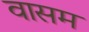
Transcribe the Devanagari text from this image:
वासम